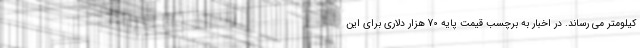
کیلومتر می رساند. در اخبار به برچسب قیمت پایه 70 هزار دلاری برای این